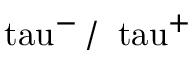
\mathrm { \ t a u } ^ { - } \, / \, \mathrm { \ t a u } ^ { + }